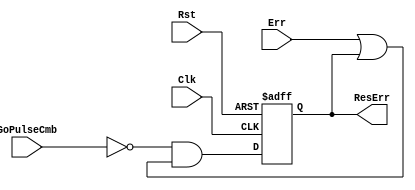
`timescale 1ns / 1ps
//////////////////////////////////////////////////////////////////////////////////
// Company: 
// Engineer: 
// 
// Design Name: 
// Module Name: fact_res_err_reg
// Project Name: 
// Target Devices: 
// Tool Versions: 
// Description: 
// 
// Dependencies: 
// 
// Revision:
// Revision 0.01 - File Created
// Additional Comments:
// 
//////////////////////////////////////////////////////////////////////////////////


module fact_res_err_reg(
    input Clk, Rst, GoPulseCmb, Err,
    output reg ResErr
    );
    
    always @ (posedge Clk, posedge Rst) begin
    if (Rst)
        ResErr <= 1'b0;
    else
        ResErr <= (~GoPulseCmb) & (Err | ResErr);
    end
endmodule